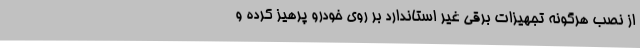
از نصب هرگونه تجهیزات برقی غیر استاندارد بر روی خودرو پرهیز کرده و